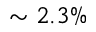
\sim 2 . 3 \%